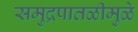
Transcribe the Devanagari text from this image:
समुद्रपातळीमुळे